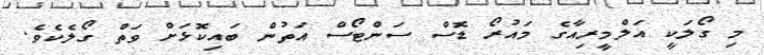
މި ގޯލަކީ އަލްމީރިއާގެ މައުރޯ ޑޮސް ސަންޓޯސް އަތުން ބައިކޮޅަށް ވަތް ގޯލެކެވެ.